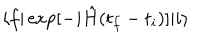
\langle f | \exp [ - i \hat { H } ( t _ { f } - t _ { i } ) ] | i \rangle